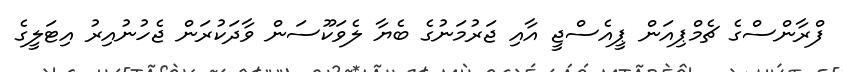
ފްރާންސްގެ ޗެމްޕިއަން ޕީއެސްޖީ އާއި ޖަރުމަނުގެ ބެޔާ ލެވަކޫސަން ވާދަކުރަން ޖެހުނުއިރު އިޓަލީގެ